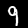
Label: 9